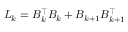
L _ { k } = B _ { k } ^ { \top } B _ { k } + B _ { k + 1 } B _ { k + 1 } ^ { \top }